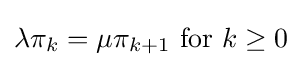
\lambda \pi _{k}=\mu \pi _{k+1}{\text{ for }}k\geq 0